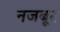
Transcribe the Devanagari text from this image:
नजबूर